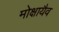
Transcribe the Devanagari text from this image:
मोक्षायैव